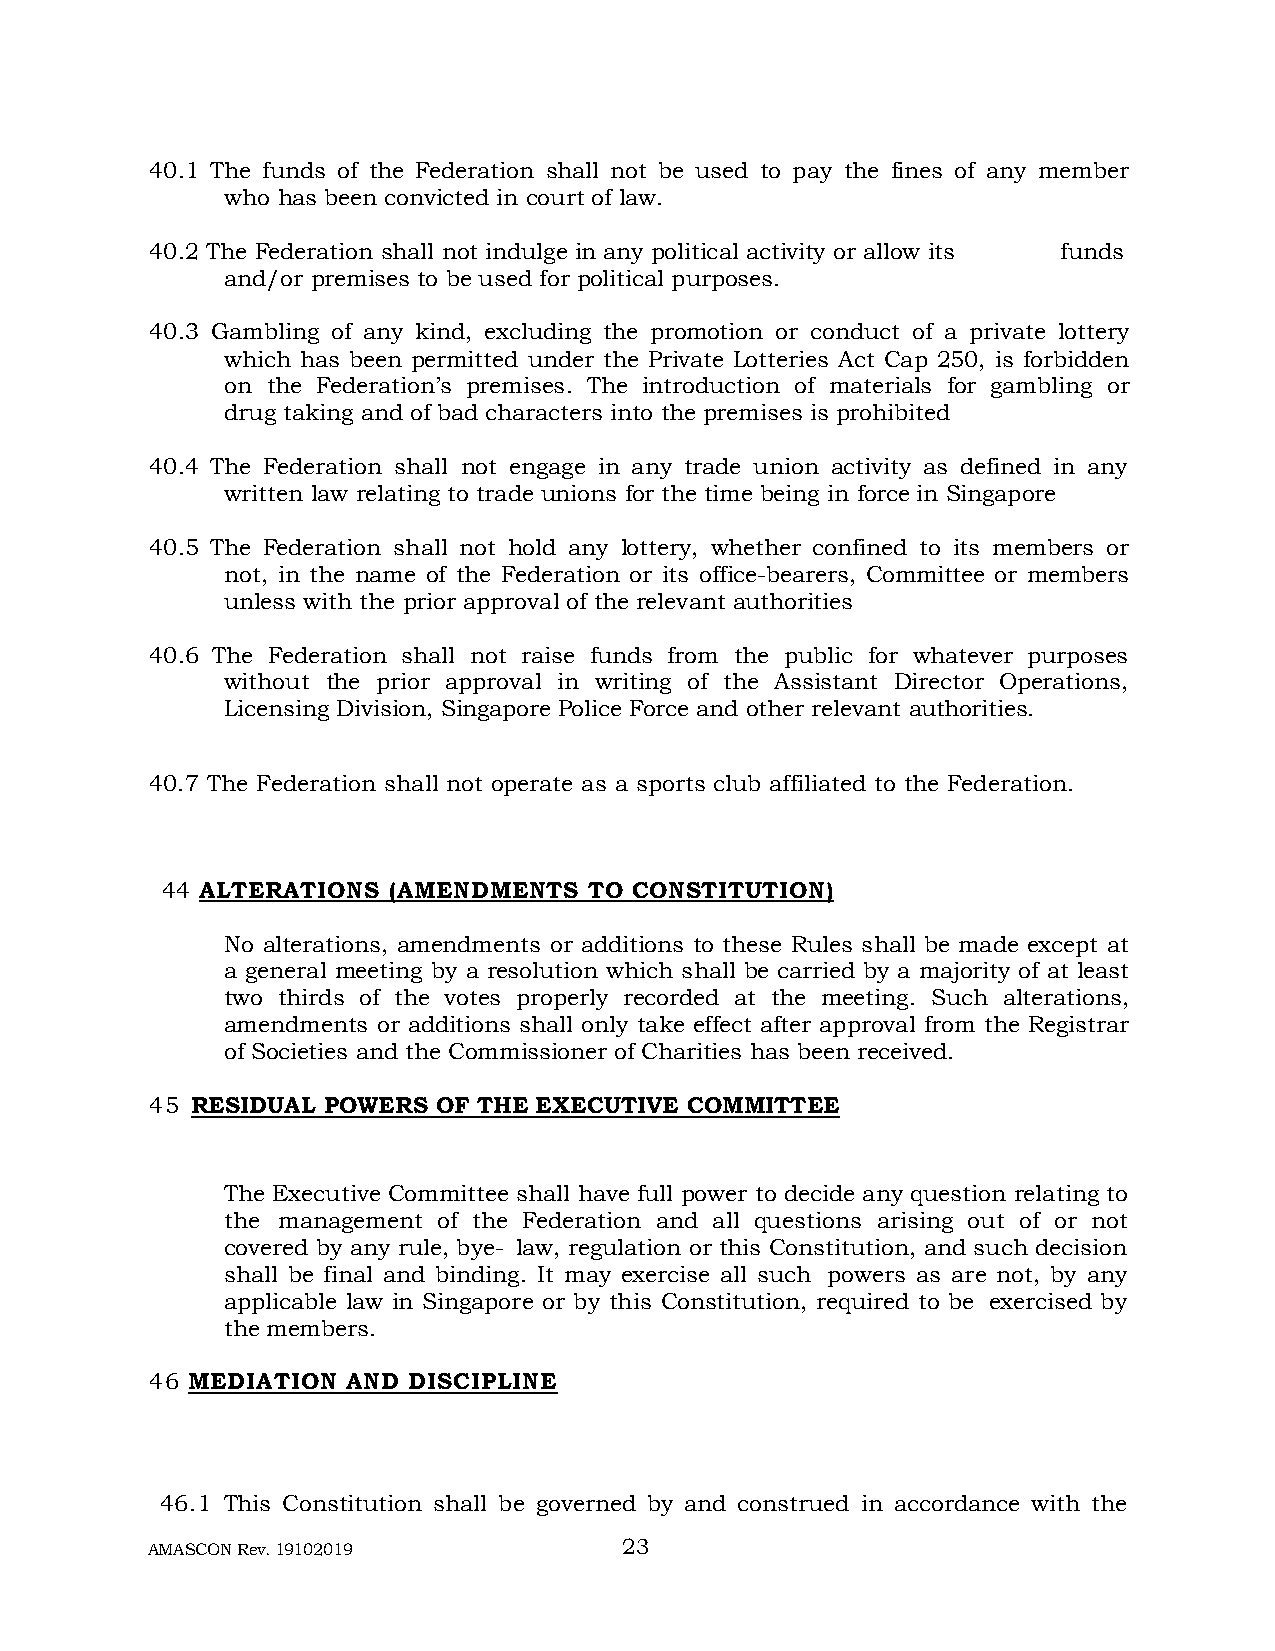
40.1 The funds of the Federation shall not be used to pay the fines of any member
 who has been convicted in court of law.
 40.2 The Federation shall not indulge in any political activity or allow its funds
 and/or premises to be used for political purposes.
 40.3 Gambling of any kind, excluding the promotion or conduct of a private lottery
 which has been permitted under the Private Lotteries Act Cap 250, is forbidden
 on the Federation’s premises. The introduction of materials for gambling or
 drug taking and of bad characters into the premises is prohibited
 40.4 The Federation shall not engage in any trade union activity as defined in any
 written law relating to trade unions for the time being in force in Singapore
 40.5 The Federation shall not hold any lottery, whether confined to its members or
 not, in the name of the Federation or its office-bearers, Committee or members
 unless with the prior approval of the relevant authorities
 40.6 The Federation shall not raise funds from the public for whatever purposes
 without the prior approval in writing of the Assistant Director Operations,
 Licensing Division, Singapore Police Force and other relevant authorities.
 40.7 The Federation shall not operate as a sports club affiliated to the Federation.
 44 ALTERATIONS (AMENDMENTS  TO CONSTITUTION)
 No alterations, amendments or additions to these Rules shall be made except at
 a general meeting by a resolution which shall be carried by a majority of at least
 two thirds of the votes properly recorded at the meeting. Such alterations,
 amendments or additions shall only take effect after approval from the Registrar
 of Societies and the Commissioner of Charities has been received.
 45 RESIDUAL POWERS OF THE EXECUTIVE COMMITTEE
 The Executive Committee shall have full power to decide any question relating to
 the management of the Federation and all questions arising out of or not
 covered by any rule, bye- law, regulation or this Constitution, and such decision
 shall be final and binding. It may exercise all such powers as are not, by any
 applicable law in Singapore or by this Constitution, required to be exercised by
 the members.
 46 MEDIATION AND DISCIPLINE
 46.1 This Constitution shall be governed by and construed in accordance with the
 AMASCON Rev. 19102019          23